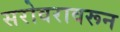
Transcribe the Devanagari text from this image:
सरोवरावरून